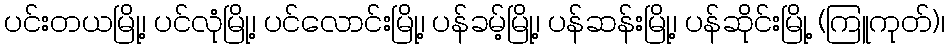
ပင်းတယမြို့၊ ပင်လုံမြို့၊ ပင်လောင်းမြို့၊ ပန်ခမ့်မြို့၊ ပန်ဆန်းမြို့၊ ပန်ဆိုင်းမြို့ (ကြူကုတ်)၊